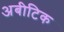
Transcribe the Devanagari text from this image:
अबीटिक